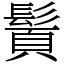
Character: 䰅